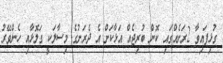
ގުޅިފައިވާ 2ރަށެއްގައި ކޮން ބުރިޖެއް އަޅާކަށް އެ ދެރަށުގެ މިސާލަކީ ގަލޮޅާއި ހެންވޭރު